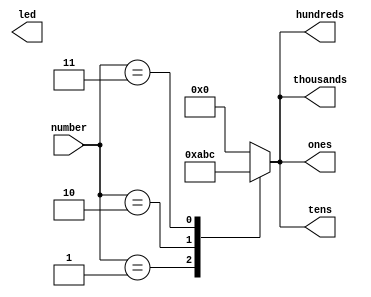
`timescale 1ns / 1ps
//////////////////////////////////////////////////////////////////////////////////
// Company: 
// Engineer: 
// 
// Design Name: 
// Module Name: check
// Project Name: 
// Target Devices: 
// Tool Versions: 
// Description: 
// 
// Dependencies: 
// 
// Revision:
// Revision 0.01 - File Created
// Additional Comments:
// 
///////////////////////
module check(
input [1:0]number,
output reg [3:0] ones,
output reg [3:0] tens,
output reg [3:0] hundreds,
output reg [3:0] thousands,
output reg [2:0] led
);
always@(*)
begin
case(number)
    
    2'b01: begin   //pass
            ones<=4'd10;
            tens<=4'd10;
            hundreds<=4'd10;
            thousands<=4'd10;
            //led[0]<=1'b1;
            end
    2'b10:begin  //fail
                        ones<=4'd11;
                        tens<=4'd11;
                        hundreds<=4'd11;
                        thousands<=4'd11;
                        //led[1]<=1'b1;
                        end     
    2'b11: begin  //invalid
                                    ones<=4'd12;
                                    tens<=4'd12;
                                    hundreds<=4'd12;
                                    thousands<=4'd12;
                                    //led[2]<=1'b1;
                                    end
    default: begin
                                                ones<=4'd00;
                                                tens<=4'd00;
                                                hundreds<=4'd00;
                                                thousands<=4'd00;
                                                //led[0]<=1'b0;
                                                //led[1]<=1'b0;
                                                //led[2]<=1'b0;
                                              
                                                end                                
                                    
endcase
end                                    
endmodule